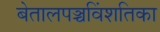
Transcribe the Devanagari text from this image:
बेतालपञ्चविंशतिका